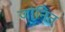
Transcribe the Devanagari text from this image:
जानित